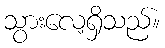
သွားလေ့ရှိသည်။